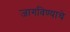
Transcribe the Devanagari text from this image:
जागविण्याचे